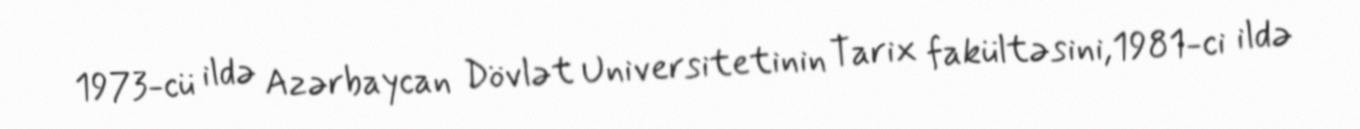
1973-cü ildə Azərbaycan Dövlət Universitetinin Tarix fakültəsini,1981-ci ildə